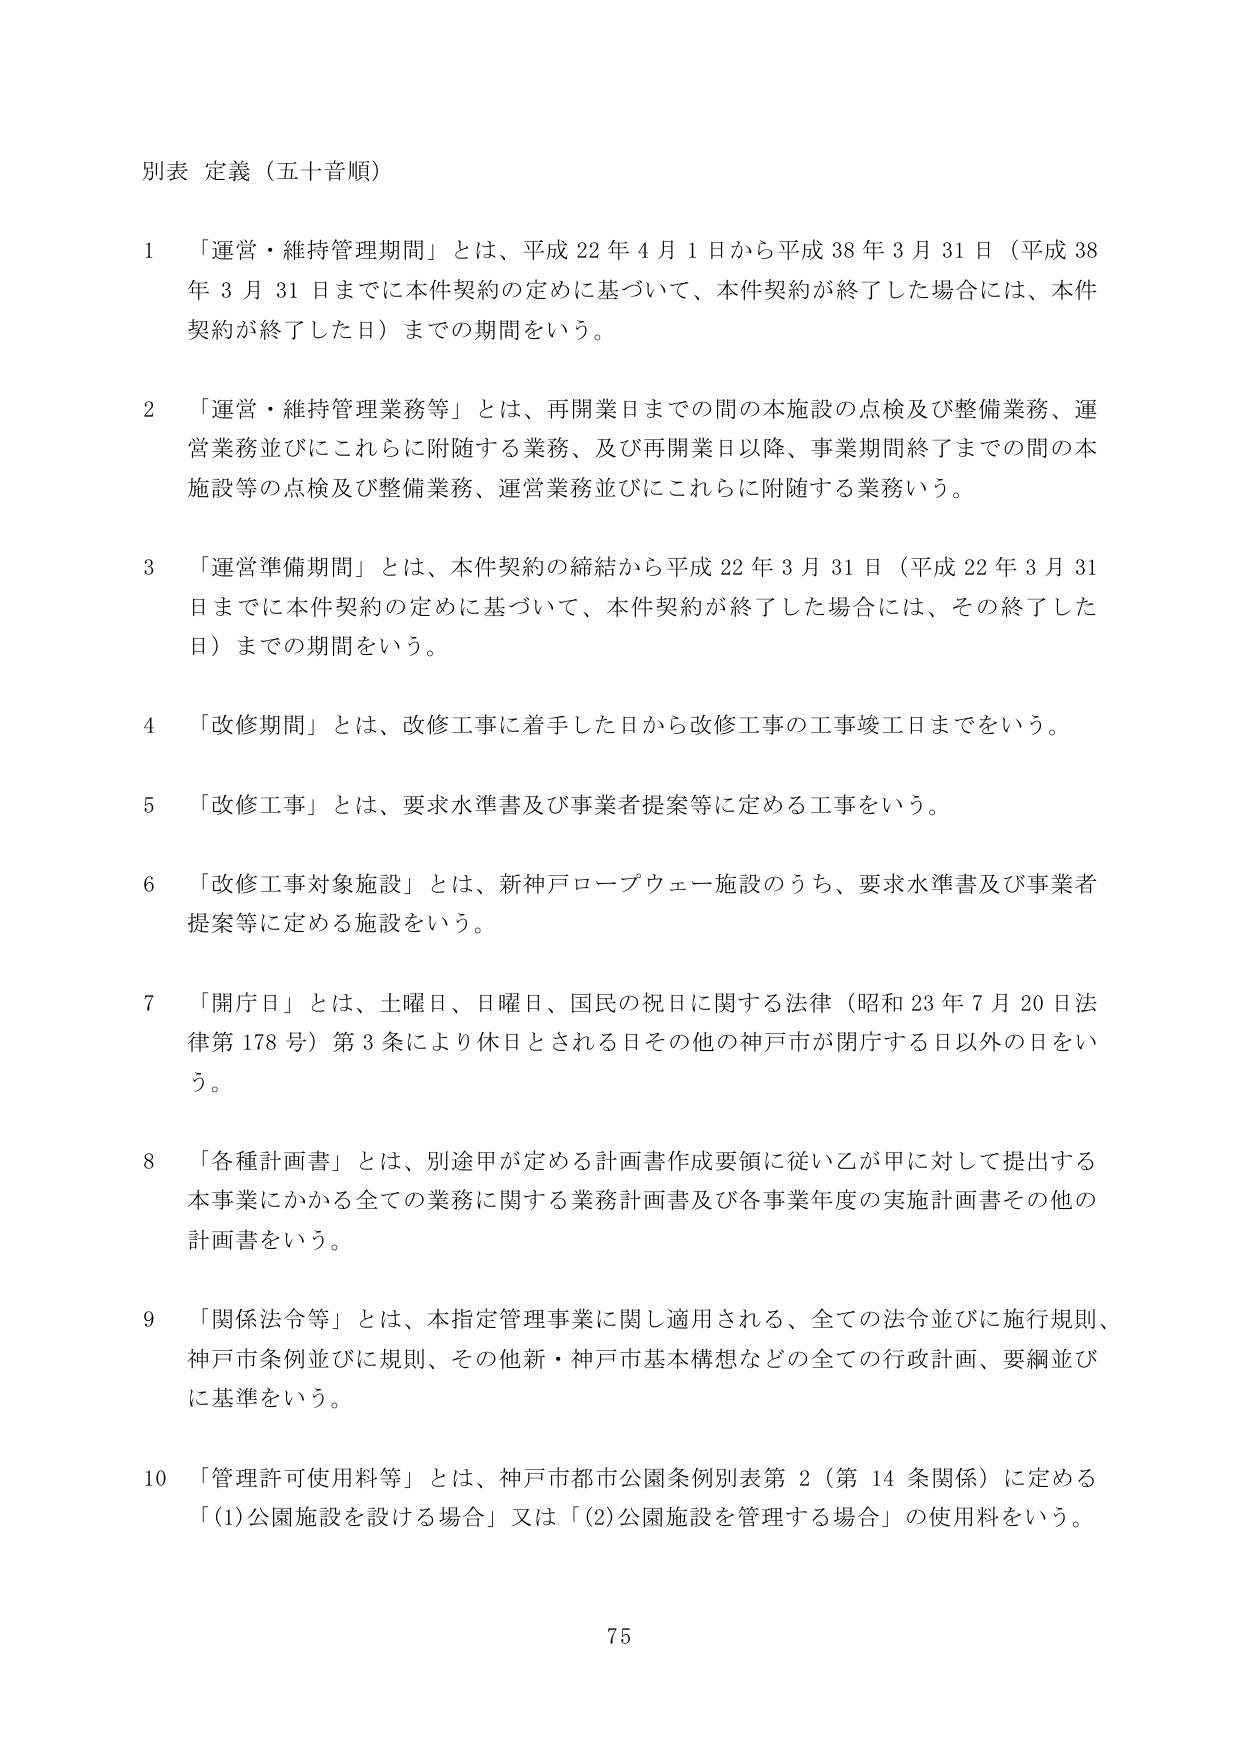
別表 定義（五十音順）

1 「運営・維持管理期間」とは、平成22年4月1日から平成38年3月31日（平成38年3月31日までに本件契約の定めに基づいて、本件契約が終了した場合には、本件契約が終了した日）までの期間をいう。

2 「運営・維持管理業務等」とは、再開業日までの間の本施設の点検及び整備業務、運営業務並びにこれらに附随する業務、及び再開業日以降、事業期間終了までの間の本施設等の点検及び整備業務、運営業務並びにこれらに附随する業務いう。

3 「運営準備期間」とは、本件契約の締結から平成22年3月31日（平成22年3月31日までに本件契約の定めに基づいて、本件契約が終了した場合には、その終了した日）までの期間をいう。

4 「改修期間」とは、改修工事に着手した日から改修工事の工事竣工日までをいう。

5 「改修工事」とは、要求水準書及び事業者提案等に定める工事をいう。

6 「改修工事対象施設」とは、新神戸ロープウェー施設のうち、要求水準書及び事業者提案等に定める施設をいう。

7 「閉庁日」とは、土曜日、日曜日、国民の祝日に関する法律（昭和23年7月20日法律第178号）第3条により休日とされる日その他の神戸市が閉庁する日以外の日をいう。

8 「各種計画書」とは、別途甲が定める計画書作成要領に従い乙が甲に対して提出する本事業にかかる全ての業務に関する業務計画書及び各事業年度の実施計画書その他の計画書をいう。

9 「関係法令等」とは、本指定管理事業に関し適用される、全ての法令並びに施行規則、神戸市条例並びに規則、その他新・神戸市基本構想などの全ての行政計画、要綱並びに基準をいう。

10 「管理許可使用料等」とは、神戸市都市公園条例別表第2（第14条関係）に定める「(1)公園施設を設ける場合」又は「(2)公園施設を管理する場合」の使用料をいう。

75